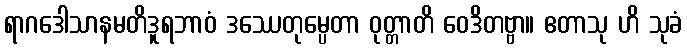
ရာဂဒေါသာနမတိဒူရဘာဝံ ဒဿေတုမ္ပေတာ ဝုတ္တာတိ ဝေဒိတဗ္ဗာ။ ဧတာသု ဟိ သုခံ